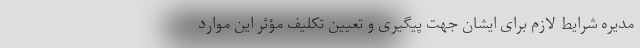
مدیره شرایط لازم برای ایشان جهت پیگیری و تعیین تکلیف مؤثر این موارد